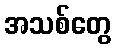
အသစ်တွေ